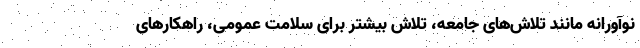
نوآورانه مانند تلاش‌های جامعه، تلاش بیشتر برای سلامت عمومی، راهکارهای